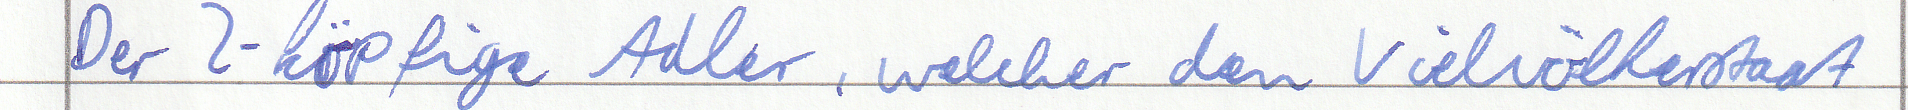
Der 2-köpfige Adler, welcher den Vielvölkerstaat